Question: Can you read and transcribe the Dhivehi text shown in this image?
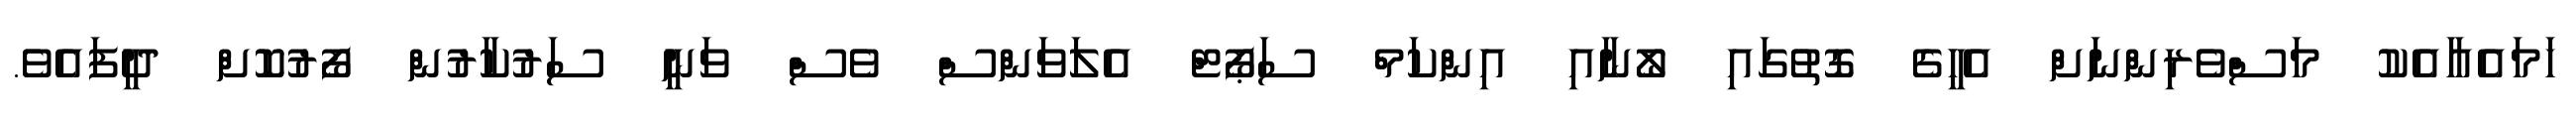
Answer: ހަމައެއާއެކު މަސްވެރިންނަށް އެހީގެ ގޮތުގައި ލޯނާއި އިންކަމް ސަޕޯޓް އެލަވަންސް ވެސް ވަނީ ސަރުކާރުން ފޯރުކޮށް ދީފައެވެ.